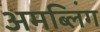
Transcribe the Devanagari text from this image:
अमब्लिंग